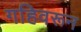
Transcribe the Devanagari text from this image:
गहिवरून